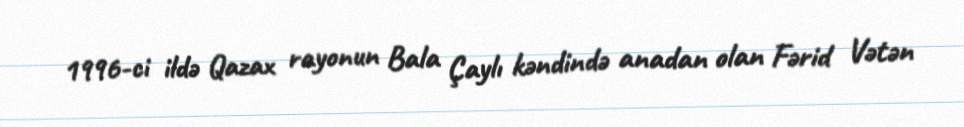
1996-ci ildə Qazax rayonun Bala Çaylı kəndində anadan olan Fərid Vətən